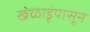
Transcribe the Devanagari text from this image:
खेळाडूंपासून